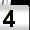
Digit: 4